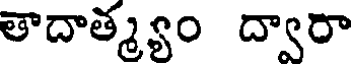
తాదాత్మ్యం ద్వారా